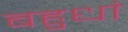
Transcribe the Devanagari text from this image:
बहुधां